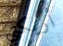
أريكتي